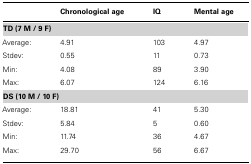
|  | Chronological age | IQ | Mental age |
 | --- | --- | --- | --- |
 | TD (7 M / 9 F) |
 | Average: | 4.91 | 103 | 4.97 |
 | Stdev: | 0.55 | 11 | 0.73 |
 | Min: | 4.08 | 89 | 3.90 |
 | Max: | 6.07 | 124 | 6.16 |
 | DS (10 M / 10 F) |
 | Average: | 18.81 | 41 | 5.30 |
 | Stdev: | 5.84 | 5 | 0.60 |
 | Min: | 11.74 | 36 | 4.67 |
 | Max: | 29.70 | 56 | 6.67 |